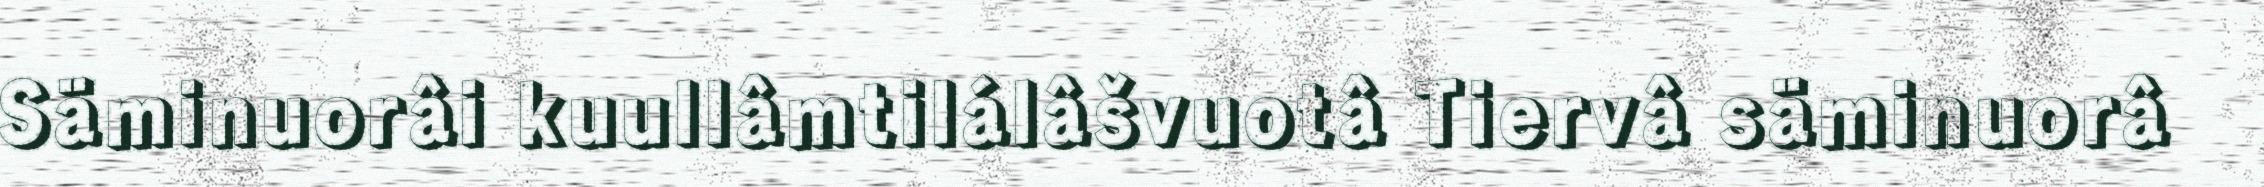
Säminuorâi kuullâmtilálâšvuotâ Tiervâ säminuorâ